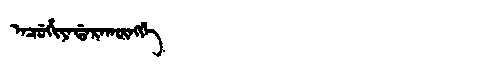
Manchu: ᠠᠴᡠᡥᡳᠶᠠᡩᠠᡵᠠᡴᡡᠩᡤᡝ
Romanization: ACUHIYADARAKŪNGGE